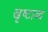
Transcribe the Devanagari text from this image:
खृष्टाब्द